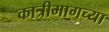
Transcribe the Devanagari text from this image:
कात्रीमागच्या